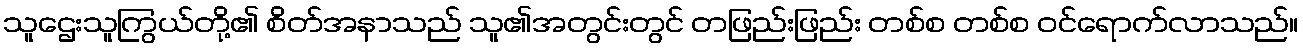
သူဌေးသူကြွယ်တို့၏ စိတ်အနာသည် သူ၏အတွင်းတွင် တဖြည်းဖြည်း တစ်စ တစ်စ ဝင်ရောက်လာသည်။